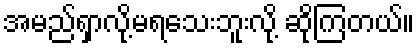
အမည်ရှာလို့မရသေးဘူးလို့ ဆိုကြတယ်။